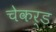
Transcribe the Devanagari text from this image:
चेकर्ड